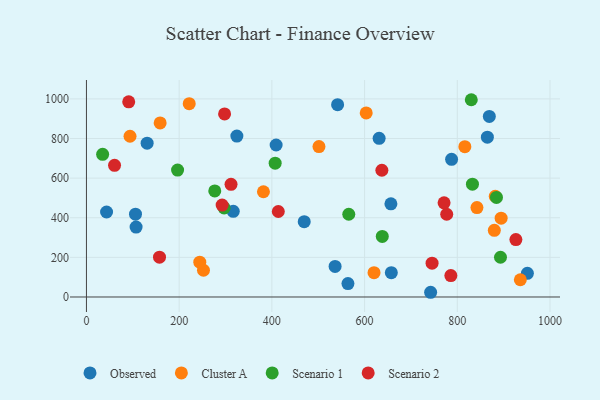
{"axis": {"x": "Study Hours", "y": "Demand"}, "legend": ["Cluster A", "Observed", "Scenario 1", "Scenario 2"], "data": [{"x": "787.7", "y": 695.2, "type": "Observed"}, {"x": "631.4", "y": 801.1, "type": "Observed"}, {"x": "409.2", "y": 767.4, "type": "Observed"}, {"x": "469.8", "y": 380.3, "type": "Observed"}, {"x": "951.2", "y": 119.7, "type": "Observed"}, {"x": "43.4", "y": 429.0, "type": "Observed"}, {"x": "864.9", "y": 806.8, "type": "Observed"}, {"x": "316.7", "y": 432.7, "type": "Observed"}, {"x": "656.8", "y": 470.3, "type": "Observed"}, {"x": "130.9", "y": 776.4, "type": "Observed"}, {"x": "324.5", "y": 812.2, "type": "Observed"}, {"x": "564.1", "y": 67.6, "type": "Observed"}, {"x": "107.1", "y": 353.2, "type": "Observed"}, {"x": "541.8", "y": 970.9, "type": "Observed"}, {"x": "105.8", "y": 417.9, "type": "Observed"}, {"x": "869.1", "y": 911.5, "type": "Observed"}, {"x": "742.5", "y": 23.8, "type": "Observed"}, {"x": "536.4", "y": 154.3, "type": "Observed"}, {"x": "657.7", "y": 122.9, "type": "Observed"}, {"x": "94.0", "y": 811.4, "type": "Cluster A"}, {"x": "816.3", "y": 759.0, "type": "Cluster A"}, {"x": "936.0", "y": 87.0, "type": "Cluster A"}, {"x": "842.4", "y": 451.2, "type": "Cluster A"}, {"x": "159.0", "y": 879.0, "type": "Cluster A"}, {"x": "881.9", "y": 508.5, "type": "Cluster A"}, {"x": "603.5", "y": 929.1, "type": "Cluster A"}, {"x": "252.5", "y": 134.9, "type": "Cluster A"}, {"x": "221.7", "y": 976.0, "type": "Cluster A"}, {"x": "501.6", "y": 759.3, "type": "Cluster A"}, {"x": "894.6", "y": 398.1, "type": "Cluster A"}, {"x": "879.9", "y": 336.5, "type": "Cluster A"}, {"x": "244.5", "y": 175.7, "type": "Cluster A"}, {"x": "381.8", "y": 531.2, "type": "Cluster A"}, {"x": "620.4", "y": 122.5, "type": "Cluster A"}, {"x": "638.2", "y": 305.8, "type": "Scenario 1"}, {"x": "565.9", "y": 417.6, "type": "Scenario 1"}, {"x": "832.7", "y": 569.5, "type": "Scenario 1"}, {"x": "893.2", "y": 200.6, "type": "Scenario 1"}, {"x": "196.6", "y": 640.8, "type": "Scenario 1"}, {"x": "276.8", "y": 535.5, "type": "Scenario 1"}, {"x": "407.1", "y": 675.4, "type": "Scenario 1"}, {"x": "830.2", "y": 995.9, "type": "Scenario 1"}, {"x": "297.0", "y": 449.4, "type": "Scenario 1"}, {"x": "884.5", "y": 502.8, "type": "Scenario 1"}, {"x": "34.9", "y": 720.1, "type": "Scenario 1"}, {"x": "292.7", "y": 464.1, "type": "Scenario 2"}, {"x": "637.3", "y": 639.9, "type": "Scenario 2"}, {"x": "91.2", "y": 985.4, "type": "Scenario 2"}, {"x": "311.9", "y": 568.8, "type": "Scenario 2"}, {"x": "745.6", "y": 170.8, "type": "Scenario 2"}, {"x": "786.1", "y": 108.2, "type": "Scenario 2"}, {"x": "60.6", "y": 664.5, "type": "Scenario 2"}, {"x": "157.6", "y": 200.8, "type": "Scenario 2"}, {"x": "777.2", "y": 417.6, "type": "Scenario 2"}, {"x": "771.5", "y": 475.6, "type": "Scenario 2"}, {"x": "298.0", "y": 924.2, "type": "Scenario 2"}, {"x": "926.4", "y": 289.8, "type": "Scenario 2"}, {"x": "413.9", "y": 431.7, "type": "Scenario 2"}]}